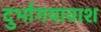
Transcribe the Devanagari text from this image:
दुर्भागयावाश